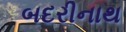
બદરીનાથ